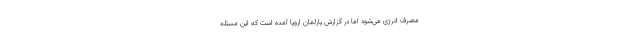
مصرف انرژی می‌شود اما در گزارش پارلمان اروپا آمده است که این مسئله